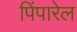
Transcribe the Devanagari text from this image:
पिंपारेल